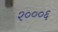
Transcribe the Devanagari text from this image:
२०००६